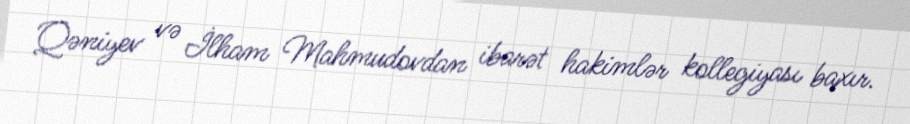
Qəniyev və İlham Mahmudovdan ibarət hakimlər kollegiyası baxır.